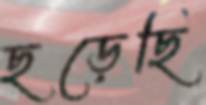
ছড়েছি